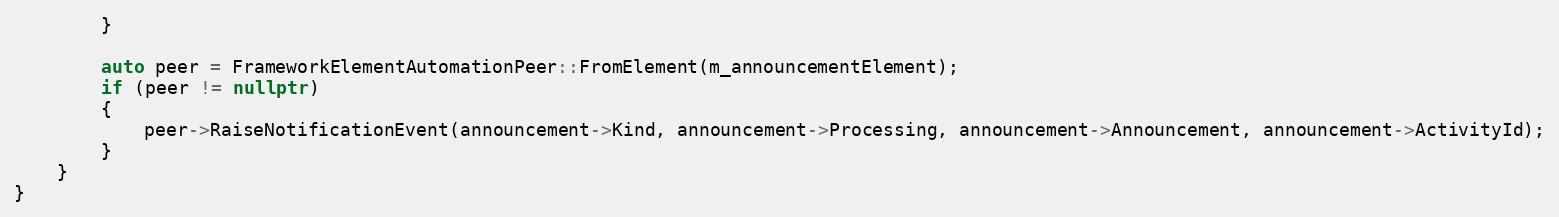
Language: C++
        }

        auto peer = FrameworkElementAutomationPeer::FromElement(m_announcementElement);
        if (peer != nullptr)
        {
            peer->RaiseNotificationEvent(announcement->Kind, announcement->Processing, announcement->Announcement, announcement->ActivityId);
        }
    }
}